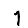
Digit: 1